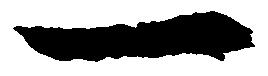
一